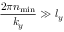
\frac { 2 \pi n _ { \mathrm { m i n } } } { k _ { y } } \gg l _ { y }